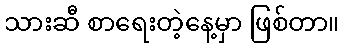
သားဆီ စာရေးတဲ့နေ့မှာ ဖြစ်တာ။